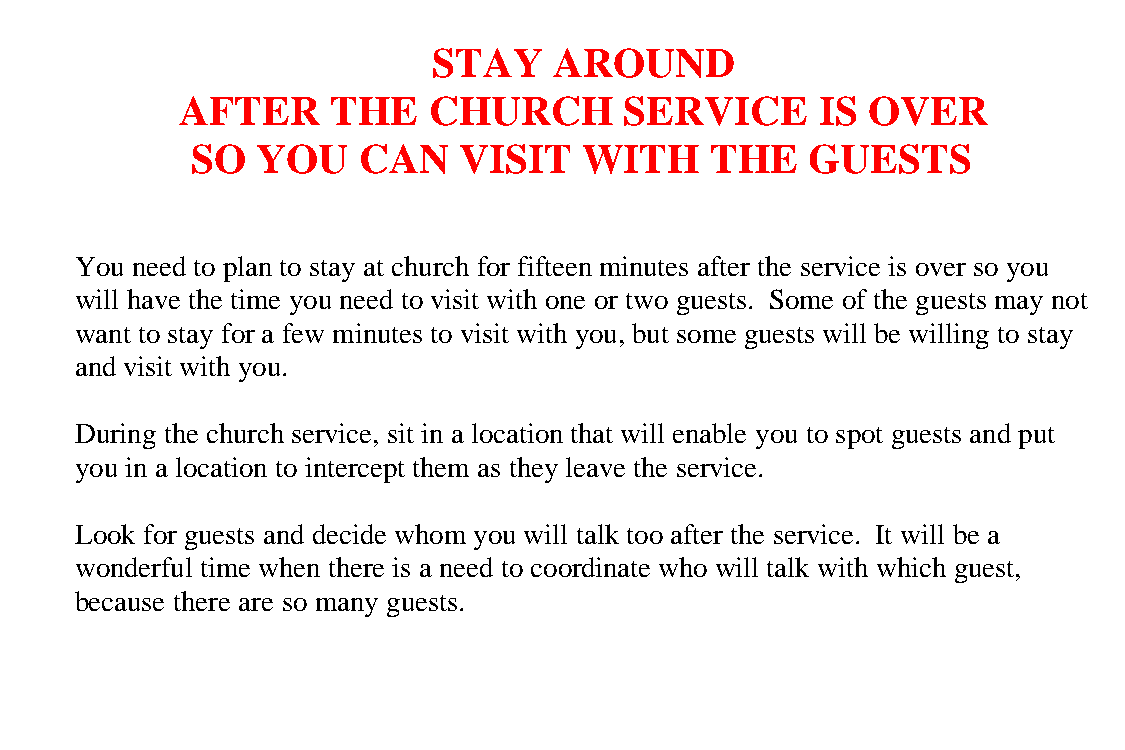
STAY    AROUND
 AFTER     THE   CHURCH       SERVICE      IS  OVER
 SO  YOU    CAN   VISIT    WITH    THE    GUESTS
 You need to plan to stay at church for fifteen minutes after the service is over so you
 will have the time you need to visit with one or two guests. Some of the guests may not
 want to stay for a few minutes to visit with you, but some guests will be willing to stay
 and visit with you.
 During the church service, sit in a location that will enable you to spot guests and put
 you in a location to intercept them as they leave the service.
 Look for guests and decide whom you will talk too after the service. It will be a
 wonderful time when there is a need to coordinate who will talk with which guest,
 because there are so many guests.